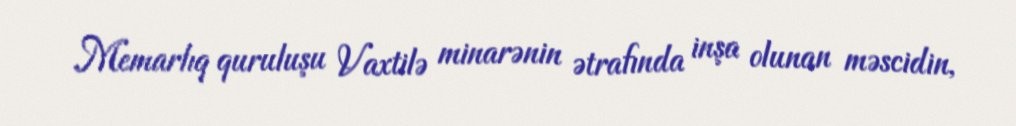
Memarlıq quruluşu Vaxtilə minarənin ətrafında inşa olunan məscidin,